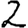
Digit: 2